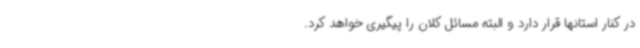
در کنار استانها قرار دارد و البته مسائل کلان را پیگیری خواهد کرد.